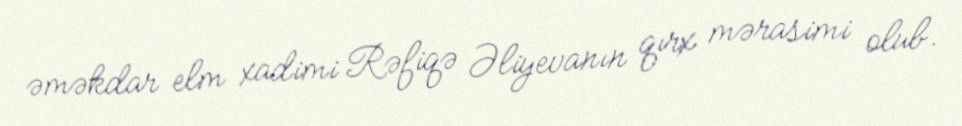
əməkdar elm xadimi Rəfiqə Əliyevanın qırx mərasimi olub.